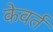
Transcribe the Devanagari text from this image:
केवर्त